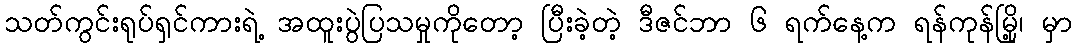
သတ်ကွင်းရုပ်ရှင်ကားရဲ့ အထူးပွဲပြသမှုကိုတော့ ပြီးခဲ့တဲ့ ဒီဇင်ဘာ ၆ ရက်နေ့က ရန်ကုန်မြို့၊ မှာ